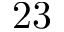
2 3